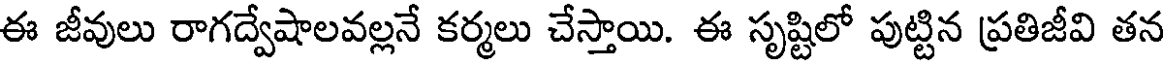
ఈ జీవులు రాగద్వేషాలవల్లనే కర్మలు చేస్తాయి. ఈ సృష్టిలో పుట్టిన ప్రతిజీవి తన